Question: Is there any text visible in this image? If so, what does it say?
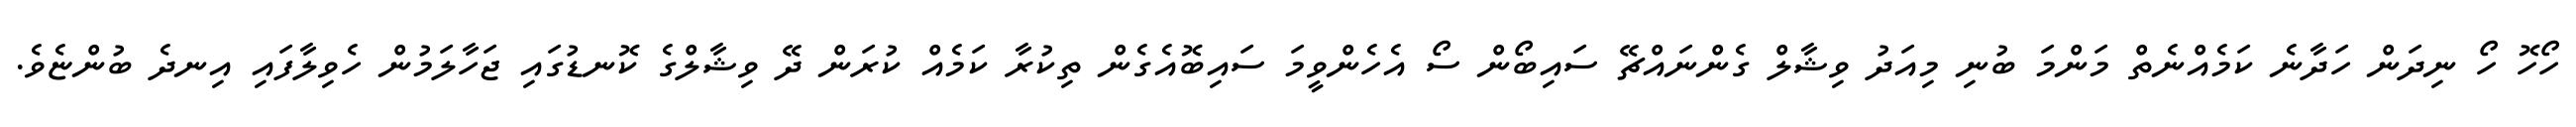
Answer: ހޯހޮ ހޯ ނިދަން ހަދާނެ ކަމެއްނެތް މަންމަ ބުނި މިއަދު ވިޝާލް ގެންނައްޗޭ ސައިބޯން ސޯ އެހެންވީމަ ސައިބޮއެގެން ތިކުރާ ކަމެއް ކުރަން ދޭ ވިޝާލްގެ ކޮނޑުގައި ޖަހާލަމުން ހެވިލާފައި އިނދެ ބުންޏެވެ.